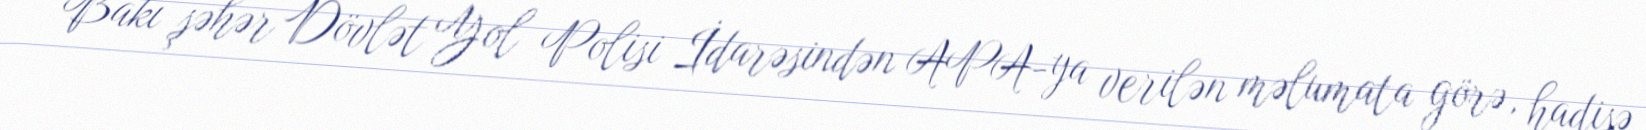
Bakı şəhər Dövlət Yol Polisi İdarəsindən APA-ya verilən məlumata görə, hadisə